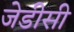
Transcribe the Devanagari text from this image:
जेडीसी